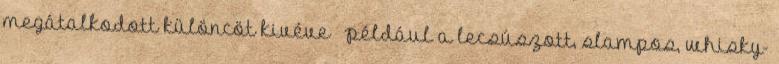
megátalkodott különcöt kivéve – például a lecsúszott, slampos, whisky-